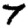
Digit: 7